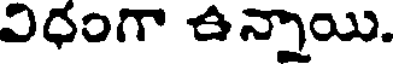
విధంగా ఉన్నాయి.